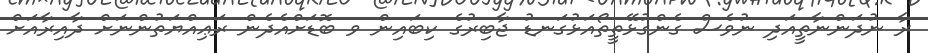
ރާ ނުދަންނާތީއަދި ނުވެސް ގެންގުޅޭތީތޯއަޅުގަނޑު ޖާބިރުގެ ކިބައިން ވ ބޮޑަށްއެދެން ރަޢިއްޔަތުންނަށް ދާއިރާއަށް